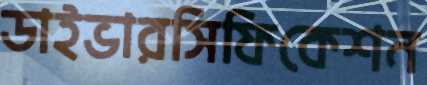
ডাইভারসিফিকেশন